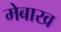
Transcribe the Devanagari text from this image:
मेबाख